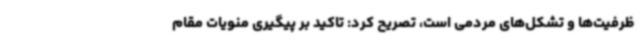
ظرفیت‌ها و تشکل‌های مردمی است، تصریح کرد: تاکید بر پیگیری منویات مقام